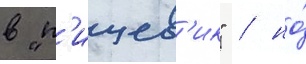
в "п'ищев'ик" / но́